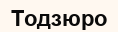
Тодзюро